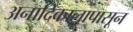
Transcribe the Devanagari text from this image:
अनादिकालापासून